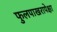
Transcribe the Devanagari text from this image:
फुलपाखरापेक्षा